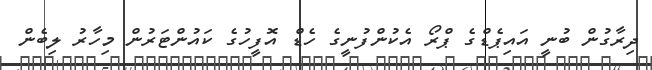
ދިރާގުން ބުނީ އައިޕެޑްގެ ޕްރޯ އެކުންފުނީގެ ހެޑް އޮފީހުގެ ކައުންޓަރުން މިހާރު ލިބެން